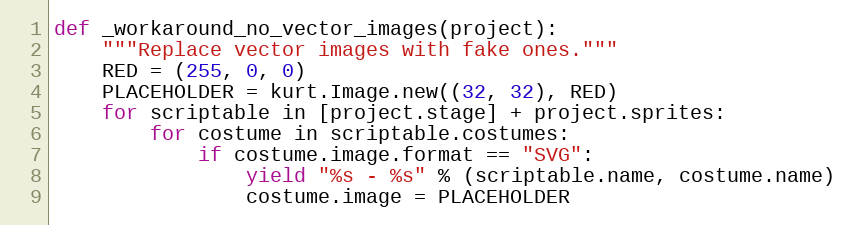
Language: Python
def _workaround_no_vector_images(project):
    """Replace vector images with fake ones."""
    RED = (255, 0, 0)
    PLACEHOLDER = kurt.Image.new((32, 32), RED)
    for scriptable in [project.stage] + project.sprites:
        for costume in scriptable.costumes:
            if costume.image.format == "SVG":
                yield "%s - %s" % (scriptable.name, costume.name)
                costume.image = PLACEHOLDER